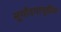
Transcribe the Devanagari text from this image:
सूर्योदयापूर्वीच